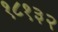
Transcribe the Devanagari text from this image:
१८१३२